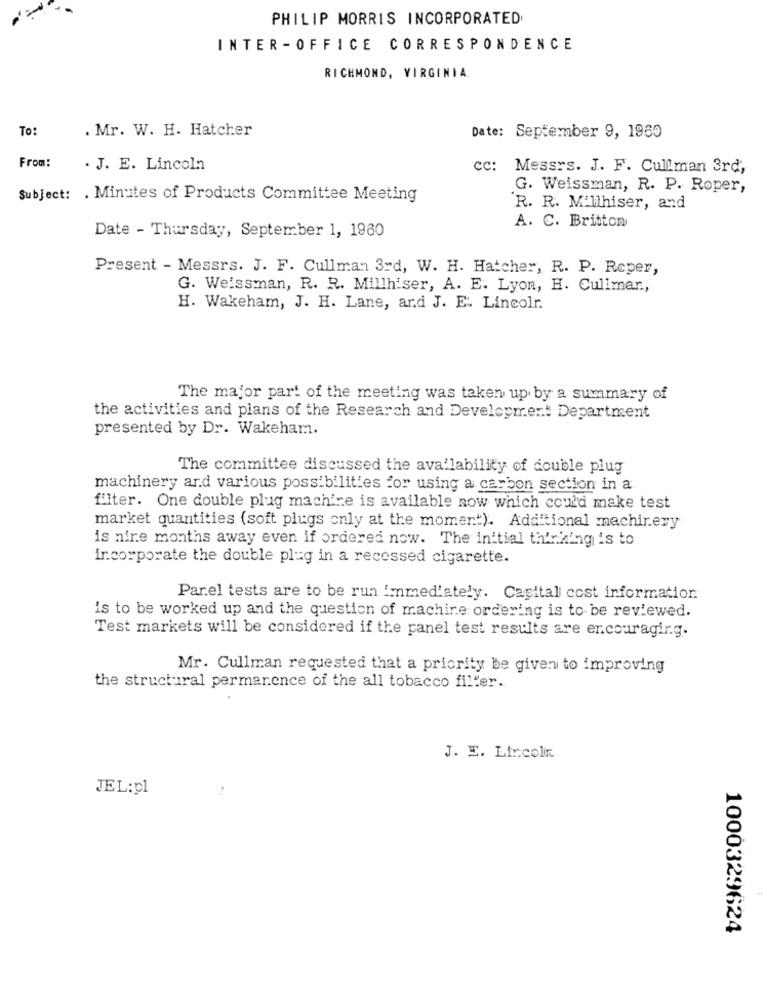
PHILIP MORRIS INCORPORATED
INTER - OFFICE CORRESPONDENCE
RICHMOND, VIRGINIA.
To:
. Mr. W. H. Hatcher
Date: September 9, 1969
From:
. J. E. Lincoln
cc: Messrs. J. F. Cullman 3rd,
G. Weissman, R. P. Roper,
Subject: . Minutes of Products Committee Meeting
R. R. M'llhiser, and
A. C. Britton
Date - Thursday, September 1, 1960
Present - Messrs. J. F. Cullman 3rd, W. H. Hatcher, R. P. Reper,
G. Weissman, R. R. Millhiser, A. E. Lyon, H. Culimar .,
H. Wakeham, J. H. Lane, and J. E. Lincolr.
The major part of the meeting was taken up by a summary of
the activities and plans of the Research and Development Department
presented by Dr. Wakeham.
The committee discussed the availability of double plug
machinery and various possibilities for using a carbon section in a
filter. One double plug machine is available now which could make test
market quantities (soft plugs only at the moment). Additional machinery
is nine months away even if ordered now. The initial thinking is to
incorporate the double plug in a recessed cigarette.
Parel tests are to be run immediately. Capital cost information
is to be worked up and the question of machine ordering is to be reviewed.
Test markets will be considered if the panel test results are encouraging.
Mr. Cullman requested that a priority be given to improving
the structural permanence of the all tobacco filler.
J. E. Ltrcolin
JEL:pl
1000329624